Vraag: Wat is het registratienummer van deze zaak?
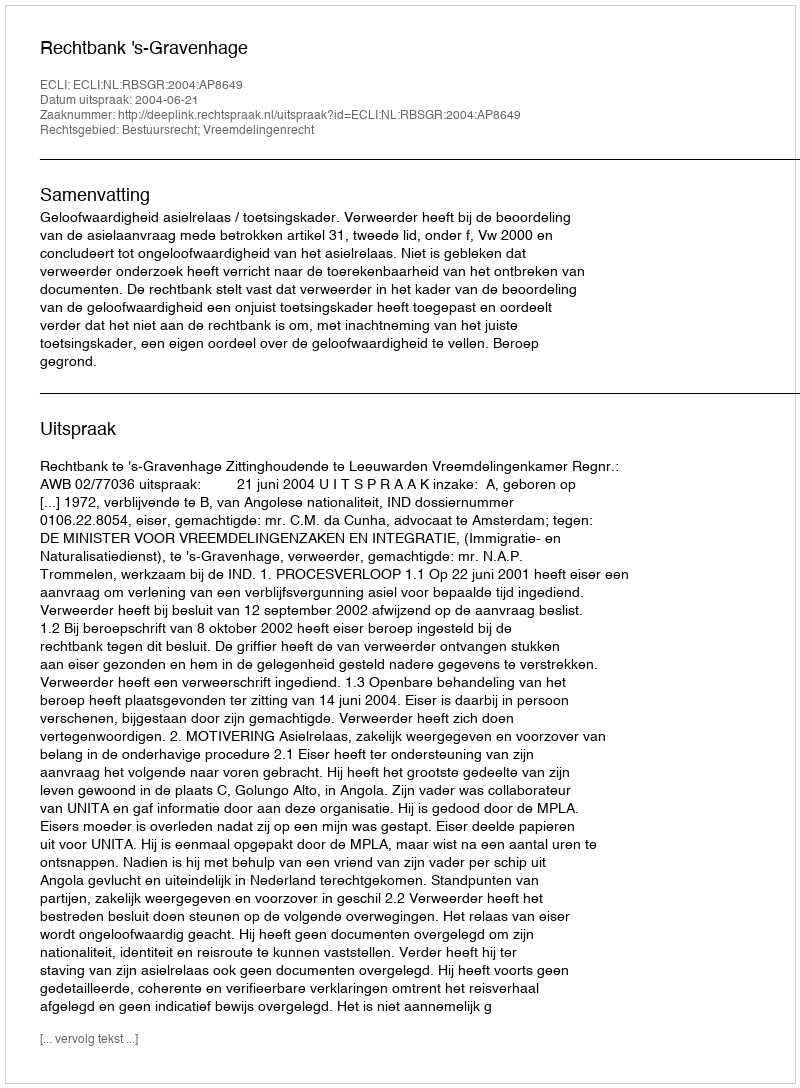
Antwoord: http://deeplink.rechtspraak.nl/uitspraak?id=ECLI:NL:RBSGR:2004:AP8649